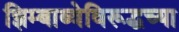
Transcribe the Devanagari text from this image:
झिम्बाब्वेविरूद्धच्या